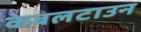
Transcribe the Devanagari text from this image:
केबलटाउन